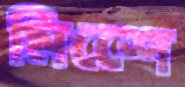
মিশেে